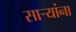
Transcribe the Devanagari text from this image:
सार्‍यांना